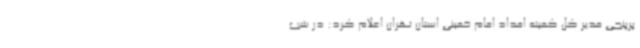
پرپنجی مدیر کل کمیته امداد امام خمینی استان تهران اعلام کرد: در شب